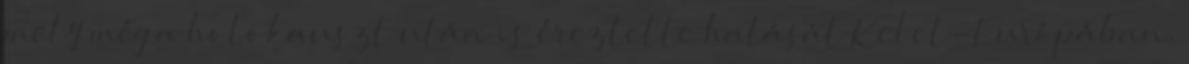
mely még a holokauszt után is éreztette hatását Kelet-Európában.